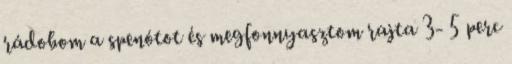
rádobom a spenótot és megfonnyasztom rajta 3- 5 perc